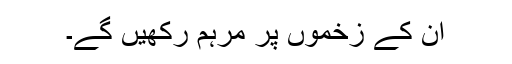
ان کے زخموں پر مرہم رکھیں گے۔